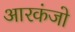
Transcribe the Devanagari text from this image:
आरकंजो